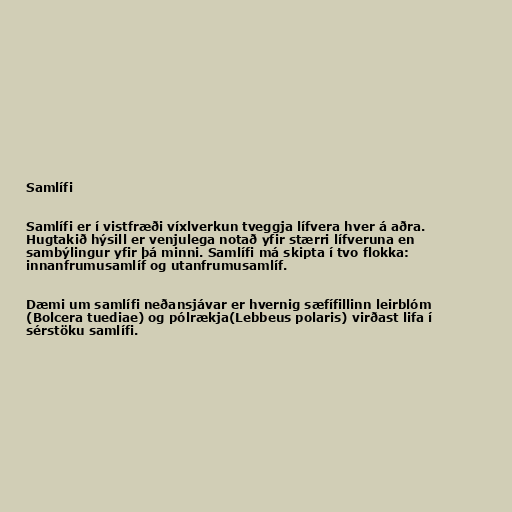
Samlífi

Samlífi er í vistfræði víxlverkun tveggja lífvera hver á aðra.
Hugtakið hýsill er venjulega notað yfir stærri lífveruna en
sambýlingur yfir þá minni. Samlífi má skipta í tvo flokka:
innanfrumusamlíf og utanfrumusamlíf.

Dæmi um samlífi neðansjávar er hvernig sæfífillinn leirblóm
(Bolcera tuediae) og pólrækja(Lebbeus polaris) virðast lifa í
sérstöku samlífi.